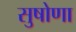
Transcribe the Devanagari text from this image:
सुषोणा